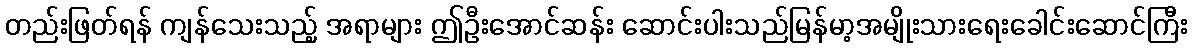
တည်းဖြတ်ရန် ကျန်သေးသည့် အရာများ ဤဦးအောင်ဆန်း ဆောင်းပါးသည်မြန်မာ့အမျိုးသားရေးခေါင်းဆောင်ကြီး